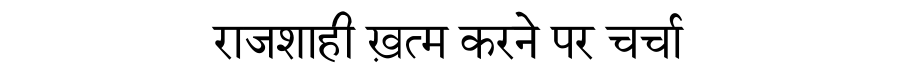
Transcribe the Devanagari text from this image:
राजशाही ख़त्म करने पर चर्चा